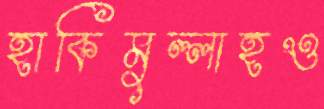
হাকিমুল্লাহও